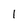
Character: 1